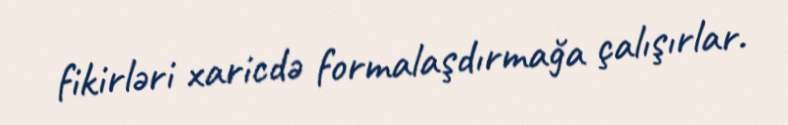
fikirləri xaricdə formalaşdırmağa çalışırlar.